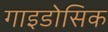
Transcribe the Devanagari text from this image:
गाइडोसिक